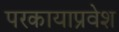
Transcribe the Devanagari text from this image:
परकायाप्रवेश